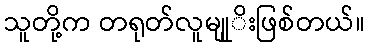
သူတို့က တရုတ်လူမျုုိးဖြစ်တယ်။